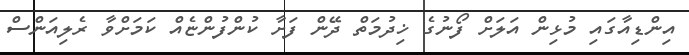
އިންޑިއާގައި މުޅިން އަލަށް ފޯނުގެ ޚިދުމަތް ދޭން ފަށާ ކުންފުންޏެއް ކަމަށްވާ ރެލިއަންސް